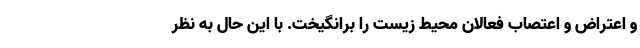
و اعتراض و اعتصاب فعالان محیط زیست را برانگیخت. با این حال به نظر